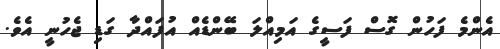
އެންމެ ފަހުން ގޮސް ފަސީގެ އަމިއްލަ ބޭންޑެއް އުފައްދާ ގަޑި ޖެހުނީ އެވެ.